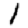
Digit: 1